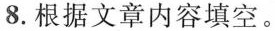
8.根据文章内容填空。